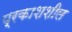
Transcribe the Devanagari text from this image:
प्रकाशशील